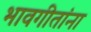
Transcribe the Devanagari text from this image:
भावगीतांना